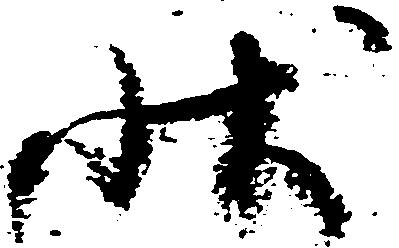
状